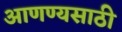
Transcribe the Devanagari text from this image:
आणण्यसाठी